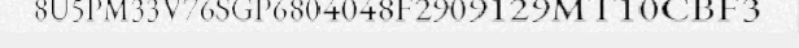
8U5PM33V76SGP6804048F2909129MT10CBF3